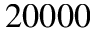
2 0 0 0 0